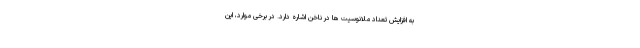
به افزایش تعداد ملانوسیت ها در ناخن اشاره دارد. در برخی موارد، این